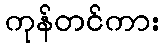
ကုန်တင်ကား